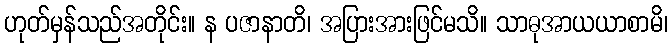
ဟုတ်မှန်သည်အတိုင်း။ န ပဇာနာတိ၊ အပြားအားဖြင်မသိ။ သာဓုအာယယာစာမိ၊